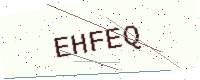
Text: EHFEQ